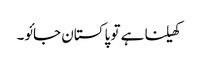
کھیلنا ہے تو پاکستان جائو۔